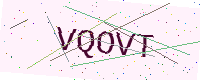
Text: VQOVT